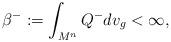
LaTeX: \begin{align*}\beta^-:=\int_{M^n}Q^{-}dv_g < \infty,\end{align*}